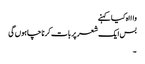
واااہ کیا کہنے
بس ایک شعر پر بات کرنا چاہوں گی
۔